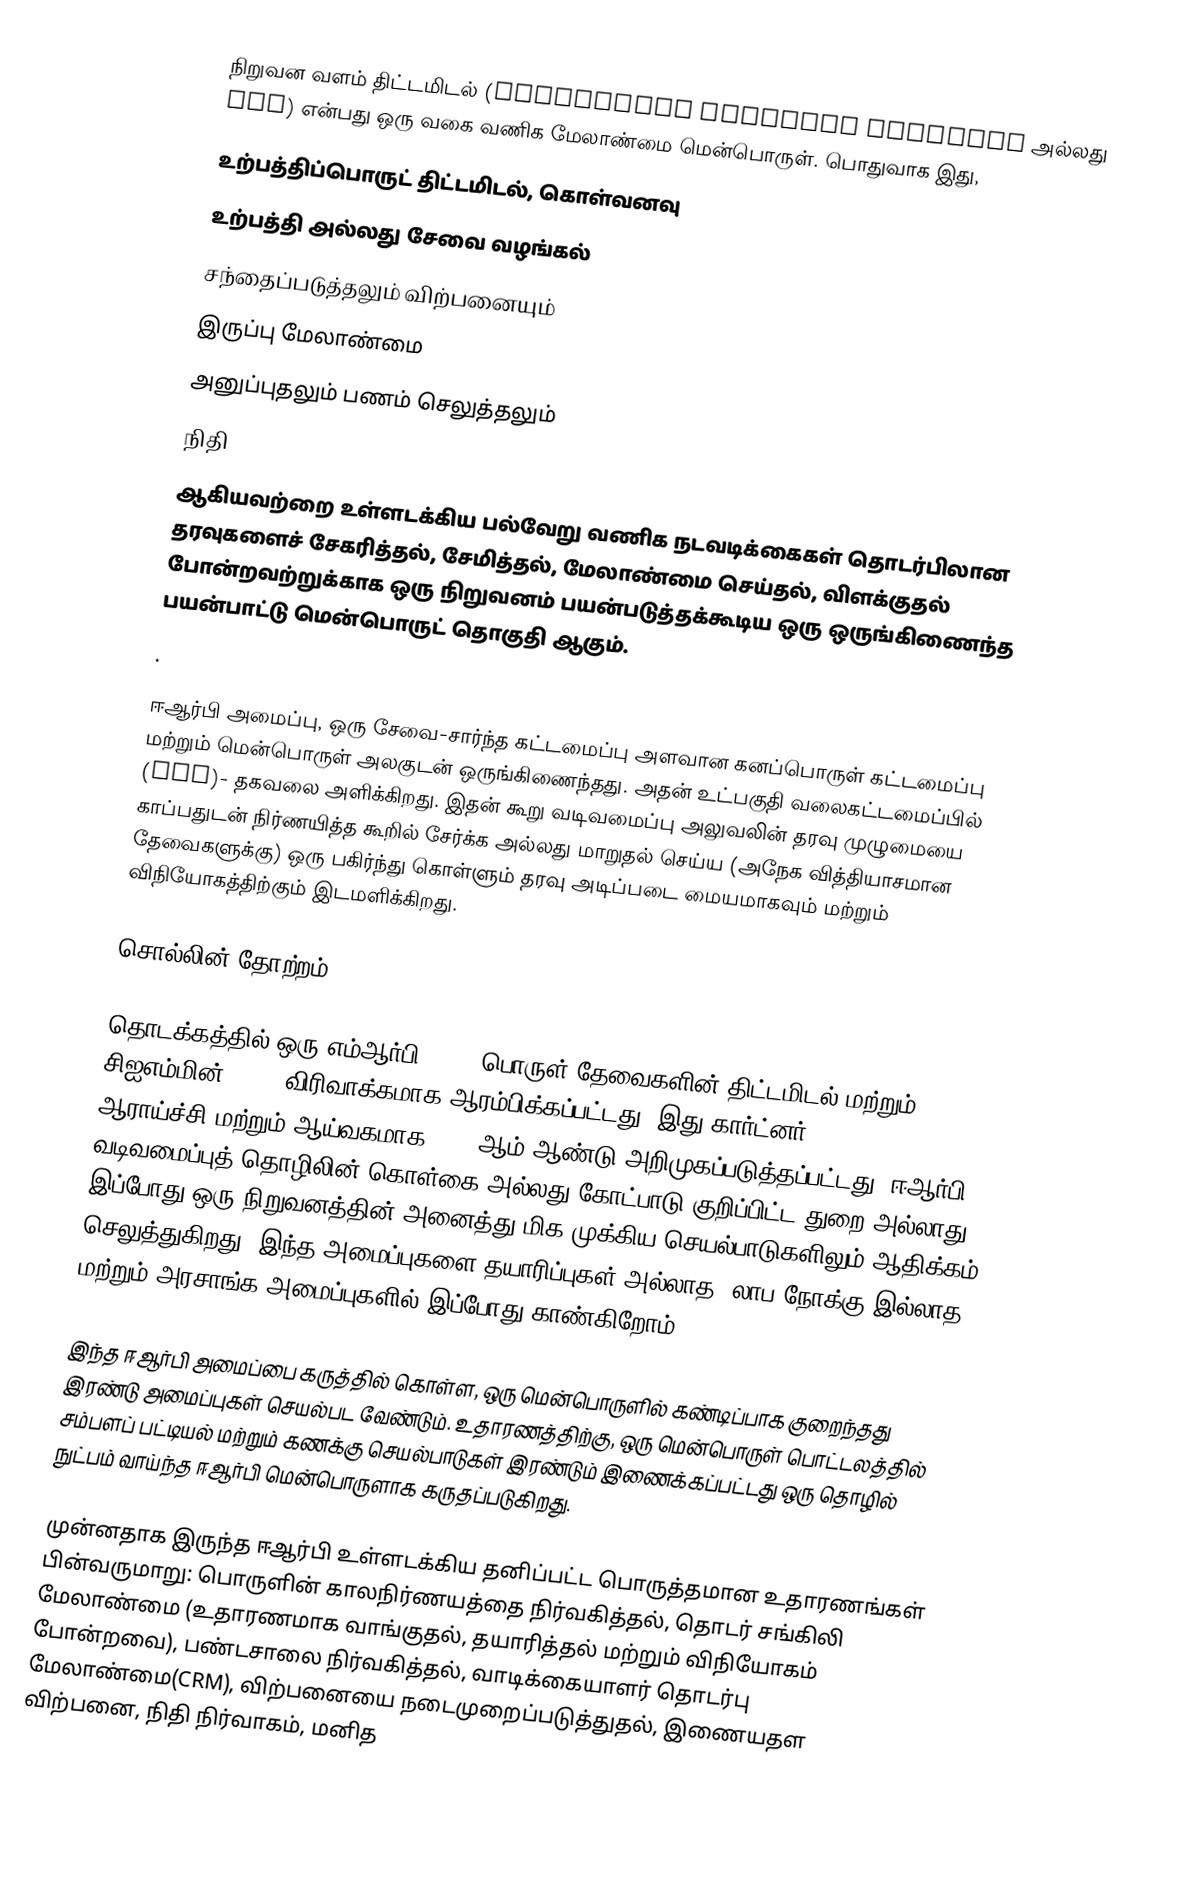
நிறுவன வளம் திட்டமிடல் (enterprise resource planning அல்லது ERP) என்பது ஒரு வகை வணிக மேலாண்மை மென்பொருள். பொதுவாக இது,
 உற்பத்திப்பொருட் திட்டமிடல், கொள்வனவு
 உற்பத்தி அல்லது சேவை வழங்கல்
 சந்தைப்படுத்தலும் விற்பனையும்
 இருப்பு மேலாண்மை
 அனுப்புதலும் பணம் செலுத்தலும்
 நிதி
ஆகியவற்றை உள்ளடக்கிய பல்வேறு வணிக நடவடிக்கைகள் தொடர்பிலான தரவுகளைச் சேகரித்தல், சேமித்தல், மேலாண்மை செய்தல், விளக்குதல் போன்றவற்றுக்காக ஒரு நிறுவனம் பயன்படுத்தக்கூடிய ஒரு ஒருங்கிணைந்த பயன்பாட்டு மென்பொருட் தொகுதி ஆகும்.
.

ஈஆர்பி அமைப்பு, ஒரு சேவை-சார்ந்த கட்டமைப்பு அளவான கனப்பொருள் கட்டமைப்பு மற்றும் மென்பொருள் அலகுடன் ஒருங்கிணைந்தது. அதன் உட்பகுதி வலைகட்டமைப்பில் (LAN)- தகவலை அளிக்கிறது. இதன் கூறு வடிவமைப்பு அலுவலின் தரவு முழுமையை காப்பதுடன் நிர்ணயித்த கூறில் சேர்க்க அல்லது மாறுதல் செய்ய (அநேக வித்தியாசமான தேவைகளுக்கு) ஒரு பகிர்ந்து கொள்ளும் தரவு அடிப்படை மையமாகவும் மற்றும் விநியோகத்திற்கும் இடமளிக்கிறது.

சொல்லின் தோற்றம்

தொடக்கத்தில் ஒரு எம்ஆர்பி (MRP) பொருள் தேவைகளின் திட்டமிடல் மற்றும் சிஐஎம்மின் (CIM) விரிவாக்கமாக ஆரம்பிக்கப்பட்டது. இது கார்ட்னர் (Gartner) ஆராய்ச்சி மற்றும் ஆய்வகமாக 1990 ஆம் ஆண்டு அறிமுகப்படுத்தப்பட்டது. ஈஆர்பி வடிவமைப்புத் தொழிலின் கொள்கை அல்லது கோட்பாடு குறிப்பிட்ட துறை அல்லாது இப்போது ஒரு நிறுவனத்தின் அனைத்து மிக முக்கிய செயல்பாடுகளிலும் ஆதிக்கம் செலுத்துகிறது. இந்த அமைப்புகளை தயாரிப்புகள் அல்லாத, லாப நோக்கு இல்லாத மற்றும் அரசாங்க அமைப்புகளில் இப்போது காண்கிறோம்.

இந்த ஈஆர்பி அமைப்பை கருத்தில் கொள்ள, ஒரு மென்பொருளில் கண்டிப்பாக குறைந்தது இரண்டு அமைப்புகள் செயல்பட வேண்டும். உதாரணத்திற்கு, ஒரு மென்பொருள் பொட்டலத்தில் சம்பளப் பட்டியல் மற்றும் கணக்கு செயல்பாடுகள் இரண்டும் இணைக்கப்பட்டது ஒரு தொழில் நுட்பம் வாய்ந்த ஈஆர்பி மென்பொருளாக கருதப்படுகிறது.

முன்னதாக இருந்த ஈஆர்பி உள்ளடக்கிய தனிப்பட்ட பொருத்தமான உதாரணங்கள் பின்வருமாறு: பொருளின் காலநிர்ணயத்தை நிர்வகித்தல், தொடர் சங்கிலி மேலாண்மை (உதாரணமாக வாங்குதல், தயாரித்தல் மற்றும் விநியோகம் போன்றவை), பண்டசாலை நிர்வகித்தல், வாடிக்கையாளர் தொடர்பு மேலாண்மை(CRM), விற்பனையை நடைமுறைப்படுத்துதல், இணையதள விற்பனை, நிதி நிர்வாகம், மனித